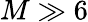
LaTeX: M\gg 6